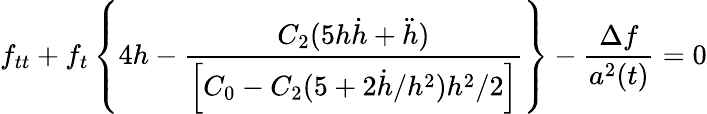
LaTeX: f_{tt}+f_{t}\left\{ 4h-\frac{C_{2}(5h\dot{h}+\ddot{h})}{\left[C_{0}-C_{2}(5+2\dot{h}/h^{2})h^{2}/2\right]}\right\} -\frac{\Delta f}{a^{2}(t)}=0